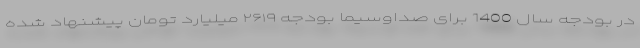
در بودجه سال 1400 برای صداوسیما بودجه ۲۶۱۹ میلیارد تومان پیشنهاد شده